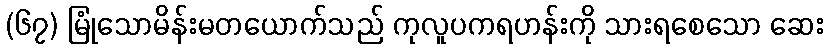
(၆၇) မြုံသောမိန်းမတယောက်သည် ကုလူပကရဟန်းကို သားရစေသော ဆေး